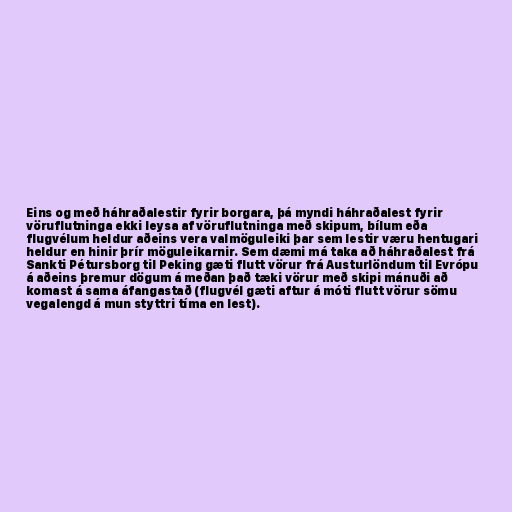
Eins og með háhraðalestir fyrir borgara, þá myndi háhraðalest fyrir
vöruflutninga ekki leysa af vöruflutninga með skipum, bílum eða
flugvélum heldur aðeins vera valmöguleiki þar sem lestir væru hentugari
heldur en hinir þrír möguleikarnir. Sem dæmi má taka að háhraðalest frá
Sankti Pétursborg til Peking gæti flutt vörur frá Austurlöndum til Evrópu
á aðeins þremur dögum á meðan það tæki vörur með skipi mánuði að
komast á sama áfangastað (flugvél gæti aftur á móti flutt vörur sömu
vegalengd á mun styttri tíma en lest).